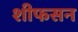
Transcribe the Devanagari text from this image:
शीफसन